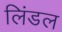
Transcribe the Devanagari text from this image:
लिंडल